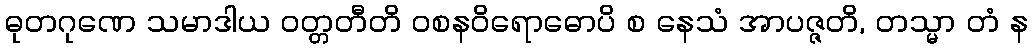
ဓုတဂုဏေ သမာဒါယ ဝတ္တတီတိ ဝစနဝိရောဓောပိ စ နေသံ အာပဇ္ဇတိ, တသ္မာ တံ န